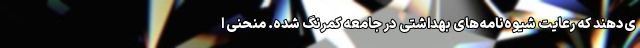
ی‌دهند که رعایت شیوه‌نامه‌های بهداشتی در جامعه کمرنگ شده. منحنی ا